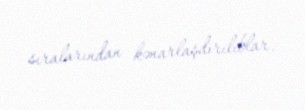
sıralarından kənarlaşdırılıblar.